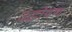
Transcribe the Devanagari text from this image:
उद्घोषण